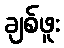
ချစ်ဖူး